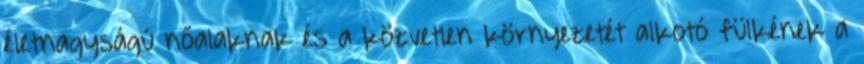
életnagyságú nőalaknak és a közvetlen környezetét alkotó fülkének a